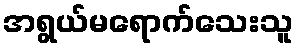
အရွယ်မရောက်သေးသူ